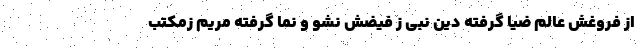
از فروغش عالم ضیا گرفته دین نبی ز فیضش نشو و نما گرفته مریم زمکتب